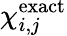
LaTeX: \chi_{i,j}^{\textnormal{exact}}